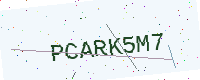
Text: PCARK5M7